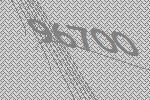
96700